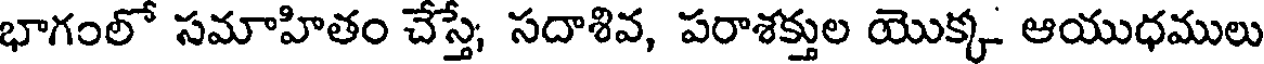
భాగంలో సమాహితం చేస్తే, సదాశివ, పరాశక్తుల యొక్క ఆయుధములు